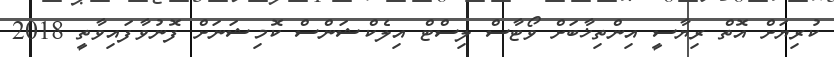
ކުރިޔަށް އޮތް ރިޔާސީ އިންތިޚާބަށް ވޯޓާސް ލިސްޓް އިލެކްޝަންސް ކޮމިޝަނަށް ފޮނުވާފައިވާތީ 2018